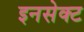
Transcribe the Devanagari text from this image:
इनसेक्ट